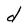
Character: d